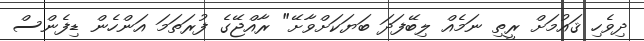
ދިވެހި ޤައުމަށް ރީތި ނަމެއް ލިބޭފަދަ ބަޔަކަށްވާށޭ" ރާއްޖޭގެ ފުރަތަމަ އަންހެން ޑިފެންސް